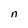
Character: n